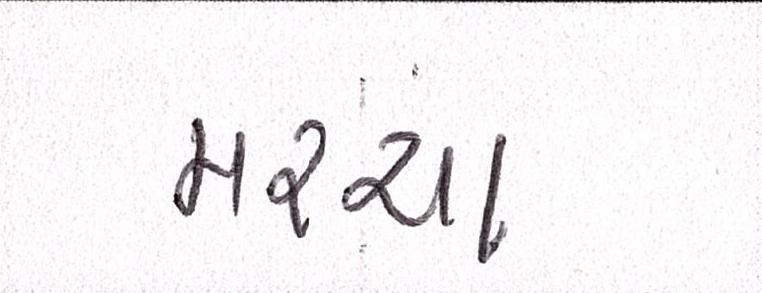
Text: મરચા